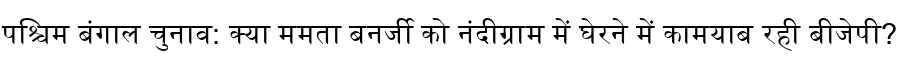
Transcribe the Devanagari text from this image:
पश्चिम बंगाल चुनाव: क्या ममता बनर्जी को नंदीग्राम में घेरने में कामयाब रही बीजेपी?